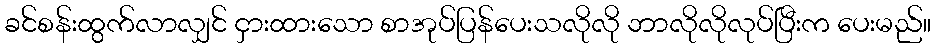
ခင်စန်းထွက်လာလျှင် ငှားထားသော စာအုပ်ပြန်ပေးသလိုလို ဘာလိုလိုလုပ်ပြီးက ပေးမည်။